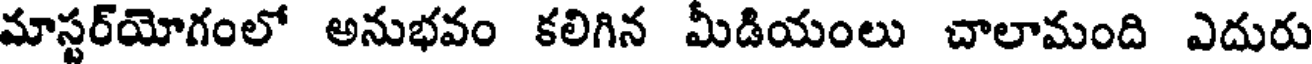
మాస్టర్యోగంలో అనుభవం కలిగిన మీడియంలు చాలామంది ఎదురు